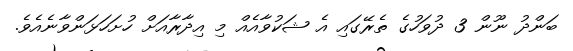
ބަންދު ނޫން 3 ދުވަހުގެ ތެރޭގައި އެ ޝަކުވާއެއް މި އިދާރާއަށް ހުށަހަޅަންވާނެއެވެ.